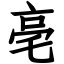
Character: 亳